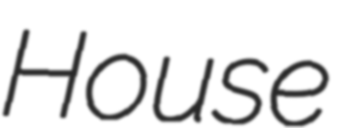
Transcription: House